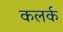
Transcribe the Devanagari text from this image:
कलर्क